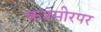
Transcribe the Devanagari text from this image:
कश्मीरपर